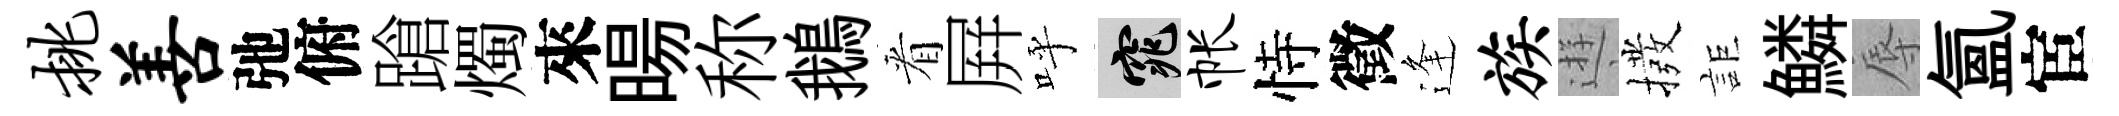
挑善弛俯蹌燭來暘称鵝㸔屛呼窕帐恃徵逢族逰撥詎鱗辱氲宦